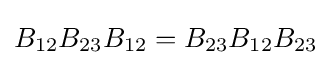
B_{12}B_{23}B_{12}=B_{23}B_{12}B_{23}